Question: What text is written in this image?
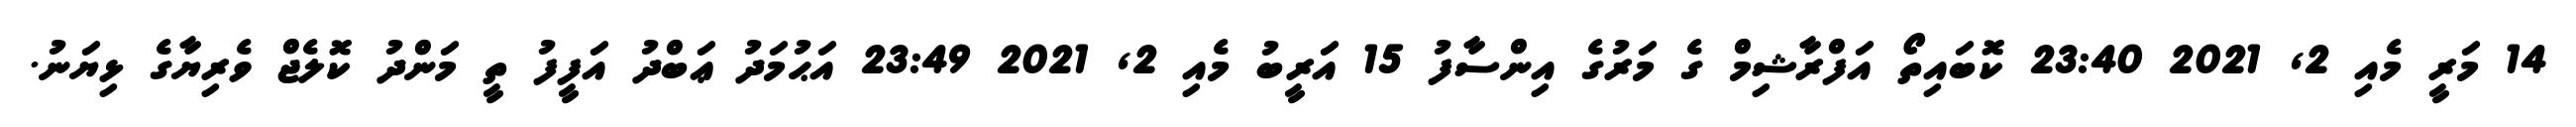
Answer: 14 މަރީ މެއި 2, 2021 23:40 ކޮބައިތޯ އަފްރާޝިމް ގެ މަރުގެ އިންސާފު 15 އަރީބު މެއި 2, 2021 23:49 އަޙުމަދު ޢަބްދު އަފީފު ތީ މަންދު ކޮލެޖް ވެރިޔާގެ ޅިޔަނު.